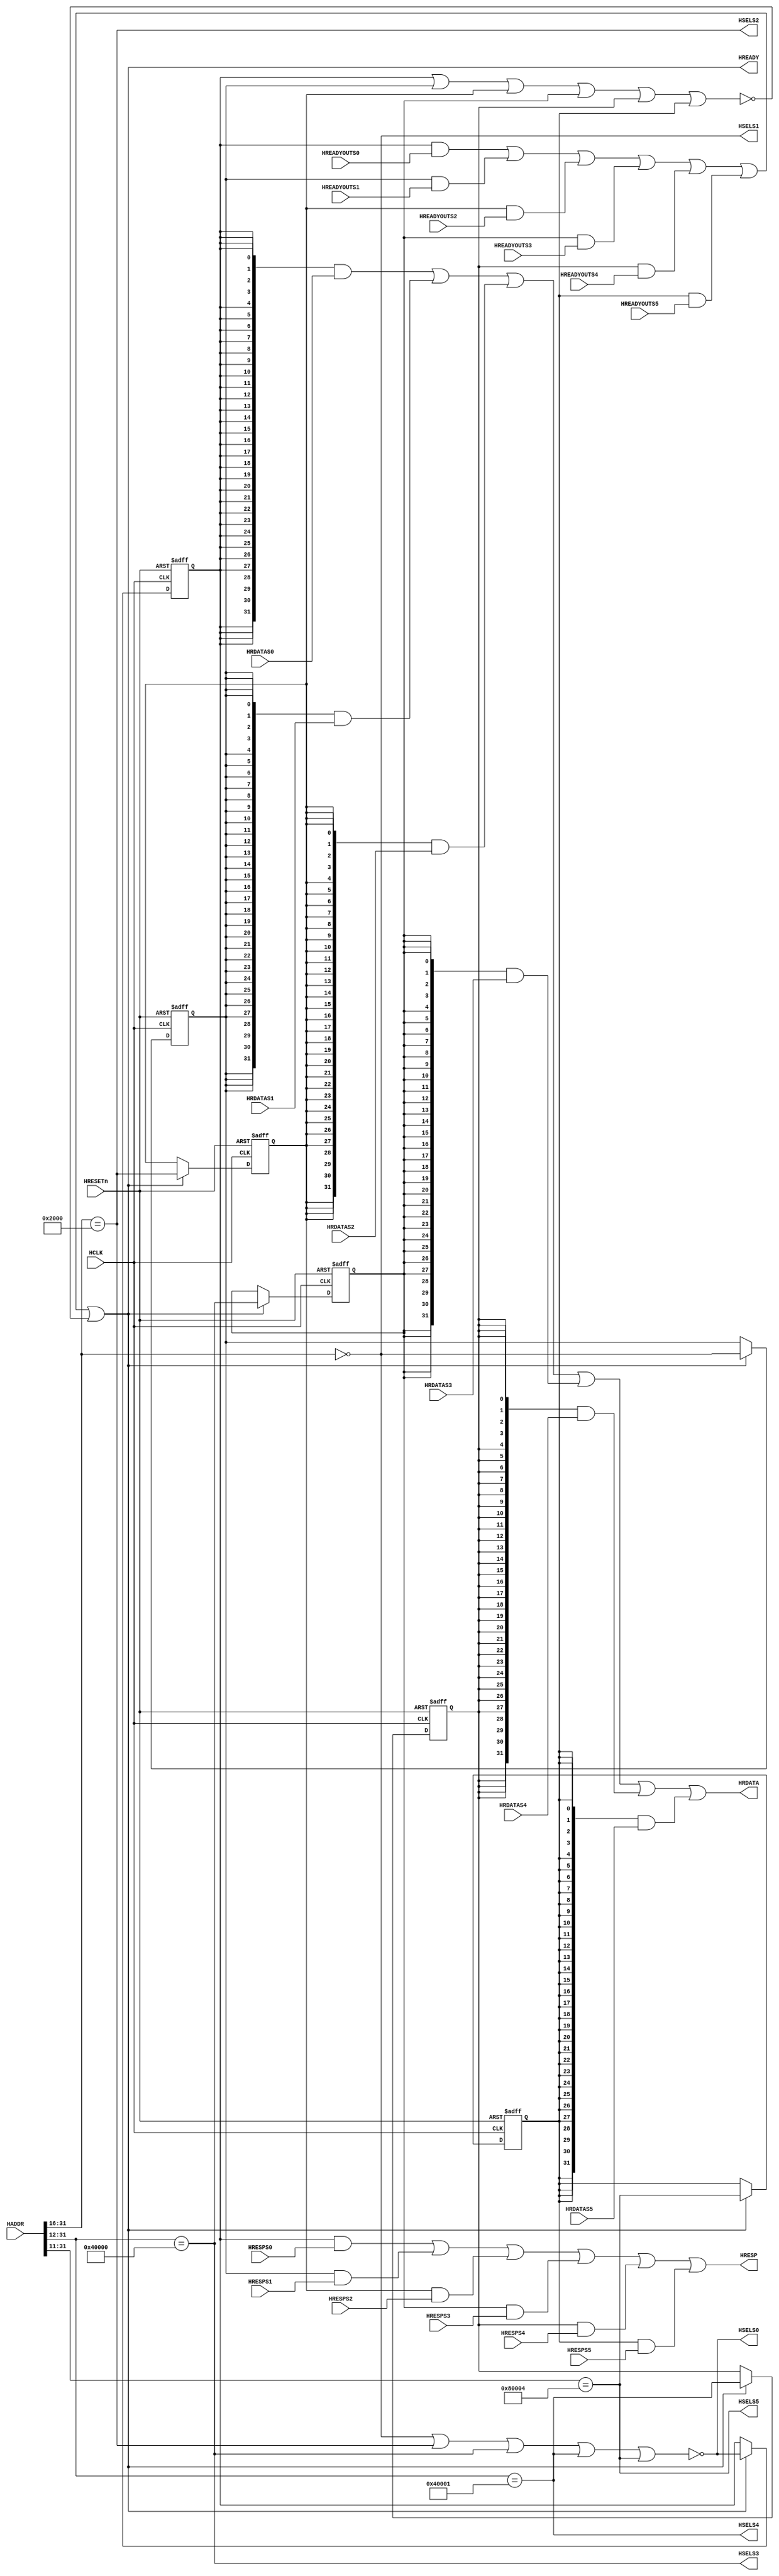
//-----------------------------------------------------------------------------
// The confidential and proprietary information contained in this file may
// only be used by a person authorised under and to the extent permitted
// by a subsisting licensing agreement from ARM Limited.
//
//            (C) COPYRIGHT 2010-2013 ARM Limited.
//                ALL RIGHTS RESERVED
//
// This entire notice must be reproduced on all copies of this file
// and copies of this file may only be made by a person if such person is
// permitted to do so under the terms of a subsisting license agreement
// from ARM Limited.
//
//      SVN Information
//
//      Checked In          : $Date: 2013-04-10 15:07:36 +0100 (Wed, 10 Apr 2013) $
//
//      Revision            : $Revision: 243494 $
//
//      Release Information : Cortex-M System Design Kit-r1p0-00rel0
//-----------------------------------------------------------------------------

//-----------------------------------------------------------------------------
//     AHB interconnect for debug tester
//-----------------------------------------------------------------------------
//
// This block contains AHB address decoder and AHB multiplexors. It has
// 1 master port and 6 slave ports:
// Master   -   AHB Lite from Cortex-M Processor
// Slave 0  -   AHB Default Slave
// Slave 1  -   ROM
// Slave 2  -   RAM
// Slave 3  -   GPIO 0
// Slave 4  -   GPIO 1
// Slave 5  -   Trace Capture Buffer
//-----------------------------------------------------------------------------

module cmsdk_debug_tester_ahb_interconnect
  (// Inputs
   input wire           HCLK,
   input wire           HRESETn,
   input wire [31:0]    HADDR,
   input wire           HREADYOUTS0,
   input wire [31:0]    HRDATAS0,
   input wire           HRESPS0,
   input wire           HREADYOUTS1,
   input wire [31:0]    HRDATAS1,
   input wire           HRESPS1,
   input wire           HREADYOUTS2,
   input wire [31:0]    HRDATAS2,
   input wire           HRESPS2,
   input wire           HREADYOUTS3,
   input wire [31:0]    HRDATAS3,
   input wire           HRESPS3,
   input wire           HREADYOUTS4,
   input wire [31:0]    HRDATAS4,
   input wire           HRESPS4,
   input wire           HREADYOUTS5,
   input wire [31:0]    HRDATAS5,
   input wire           HRESPS5,
   // Output wires
   output wire          HREADY,
   output wire          HRESP,
   output wire [31:0]   HRDATA,
   output wire          HSELS0,
   output wire          HSELS1,
   output wire          HSELS2,
   output wire          HSELS3,
   output wire          HSELS4,
   output wire          HSELS5
   );

  // Registered HSELs (data phase)
  reg   hsel_s0_r;
  reg   hsel_s1_r;
  reg   hsel_s2_r;
  reg   hsel_s3_r;
  reg   hsel_s4_r;
  reg   hsel_s5_r;

  // HSEL Decoder

  // Memory Map
  // ROM Select: 0x0000_0000 to 0x000F_FFFF
  wire  hsel_s1 = (HADDR[31:16] == 16'h0000);

  // RAM Select: 0x2000_0000 to 0x2000_3FFF
//wire  hsel_s2 = (HADDR[31:16] == 16'h2000) & (HADDR[15:14] == 2'b00);
  wire  hsel_s2 = (HADDR[31:16] == 16'h2000)  ;

  // GPIO 0 : 0x4000_0000 to 0x4000_0FFF
  wire  hsel_s3 = (HADDR[31:12] == 20'h4000_0);

  // GPIO 1 : 0x4000_1000 to 0x4000_1FFF
  wire  hsel_s4 = (HADDR[31:12] == 20'h4000_1);

  // TCB : 0x4000_2000 to 0x4000_27FF
  wire  hsel_s5 = (HADDR[31:11] == 21'b0100_0000_0000_0000_0010_0);

  // Everything else goes to AHB Default Slave
  wire  hsel_s0 = ~(hsel_s1 | hsel_s2 | hsel_s3 | hsel_s4 | hsel_s5);

  // Registered HSEL
  always @ (posedge HCLK or negedge HRESETn)
    begin
      if (~HRESETn)
        begin
          hsel_s0_r <= 1'b0;
          hsel_s1_r <= 1'b0;
          hsel_s2_r <= 1'b0;
          hsel_s3_r <= 1'b0;
          hsel_s4_r <= 1'b0;
          hsel_s5_r <= 1'b0;
        end
      else if (HREADY)
        begin
          hsel_s0_r <= hsel_s0;
          hsel_s1_r <= hsel_s1;
          hsel_s2_r <= hsel_s2;
          hsel_s3_r <= hsel_s3;
          hsel_s4_r <= hsel_s4;
          hsel_s5_r <= hsel_s5;
        end
    end

    // hready_m, hresp_m, hrdata_m
    wire [31:0] hrdata_m = ({32{hsel_s0_r}} & HRDATAS0) |
                           ({32{hsel_s1_r}} & HRDATAS1) |
                           ({32{hsel_s2_r}} & HRDATAS2) |
                           ({32{hsel_s3_r}} & HRDATAS3) |
                           ({32{hsel_s4_r}} & HRDATAS4) |
                           ({32{hsel_s5_r}} & HRDATAS5);

    wire        hresp_m = (hsel_s0_r & HRESPS0) |
                          (hsel_s1_r & HRESPS1) |
                          (hsel_s2_r & HRESPS2) |
                          (hsel_s3_r & HRESPS3) |
                          (hsel_s4_r & HRESPS4) |
                          (hsel_s5_r & HRESPS5);


    wire        hready_m = (hsel_s0_r & HREADYOUTS0) |
                           (hsel_s1_r & HREADYOUTS1) |
                           (hsel_s2_r & HREADYOUTS2) |
                           (hsel_s3_r & HREADYOUTS3) |
                           (hsel_s4_r & HREADYOUTS4) |
                           (hsel_s5_r & HREADYOUTS5) |
                           // Reply READY if no slave selected (reset)
                           (~(hsel_s0_r | hsel_s1_r | hsel_s2_r | hsel_s3_r | hsel_s4_r | hsel_s5_r));

    // Output assignments
    assign     HSELS0 = hsel_s0;

    assign     HSELS1 = hsel_s1;

    assign     HSELS2 = hsel_s2;

    assign     HSELS3 = hsel_s3;

    assign     HSELS4 = hsel_s4;

    assign     HSELS5 = hsel_s5;

    assign     HREADY = hready_m;

    assign     HRESP = hresp_m;

    assign     HRDATA = hrdata_m;

endmodule